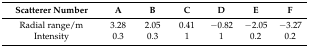
<table><thead><tr><td><b>Scatterer Number</b></td><td><b>A</b></td><td><b>B</b></td><td><b>C</b></td><td><b>D</b></td><td><b>E</b></td><td><b>F</b></td></tr></thead><tbody><tr><td>Radial range/m</td><td>3.28</td><td>2.05</td><td>0.41</td><td>−0.82</td><td>−2.05</td><td>−3.27</td></tr><tr><td>Intensity</td><td>0.3</td><td>0.3</td><td>1</td><td>1</td><td>0.2</td><td>0.2</td></tr></tbody></table>